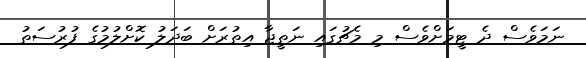
ނަމަވެސް ދެ ޓީމަށްވެސް މި މެޗުގައި ނަތީޖާ އިތުރަށް ބަދަލު ކޮށްލުމުގެ ފުރުސަތު